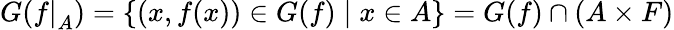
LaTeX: G({f|}_{A})=\{ (x,f(x))\in G(f)\mid x\in A\} =G(f)\cap(A\times F)